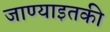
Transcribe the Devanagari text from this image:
जाण्याइतकी